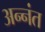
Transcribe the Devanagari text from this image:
अन्नंत